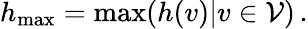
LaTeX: h_{\mathrm{max}}=\operatorname*{max}(h(v)|v\in\mathcal{V})\, .